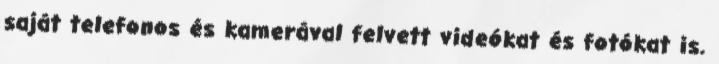
saját telefonos és kamerával felvett videókat és fotókat is.